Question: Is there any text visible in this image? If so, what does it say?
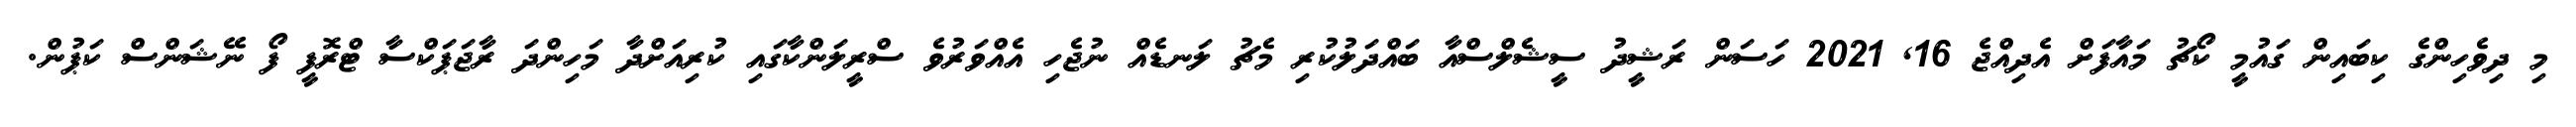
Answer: މި ދިވެހިންގެ ކިބައިން ގައުމީ ކޯޗު މައާފަށް އެދިއްޖެ 16, 2021 ހަސަން ރަޝީދު ސީޝެލްސްއާ ބައްދަލުކުރި މެޗު ލަނޑެއް ނުޖެހި އެއްވަރުވެ ސްރީލަންކާގައި ކުރިއަށްދާ މަހިންދަ ރާޖަޕަކްސާ ޓްރޮފީ ފޯ ނޭޝަންސް ކަޕުން.